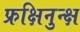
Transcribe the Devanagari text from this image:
फ्रक्षिनुन्क्ष